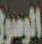
الوصول